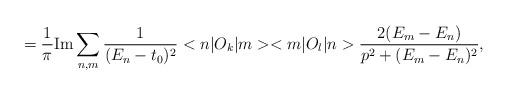
LaTeX: \begin{align*}=\frac{1}{\pi } {\rm Im} \sum_{n,m} \frac{1}{(E_{n}-t_0)^{2}} <n| O_{k}|m><m| O_{l} |n>\frac{2(E_{m} -E_{n})}{p^{2} + (E_{m} - E_{n} )^{2}},\end{align*}